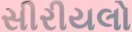
સીરીયલો